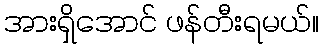
အားရှိအောင် ဖန်တီးရမယ်။